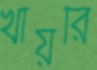
খায়রি